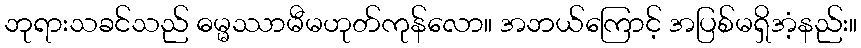
ဘုရားသခင်သည် ဓမ္မဿာမီမဟုတ်ကုန်လော။ အဘယ်ကြောင့် အပြစ်မရှိအံ့နည်း။